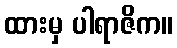
ထားမှ ပါရာဇိက။